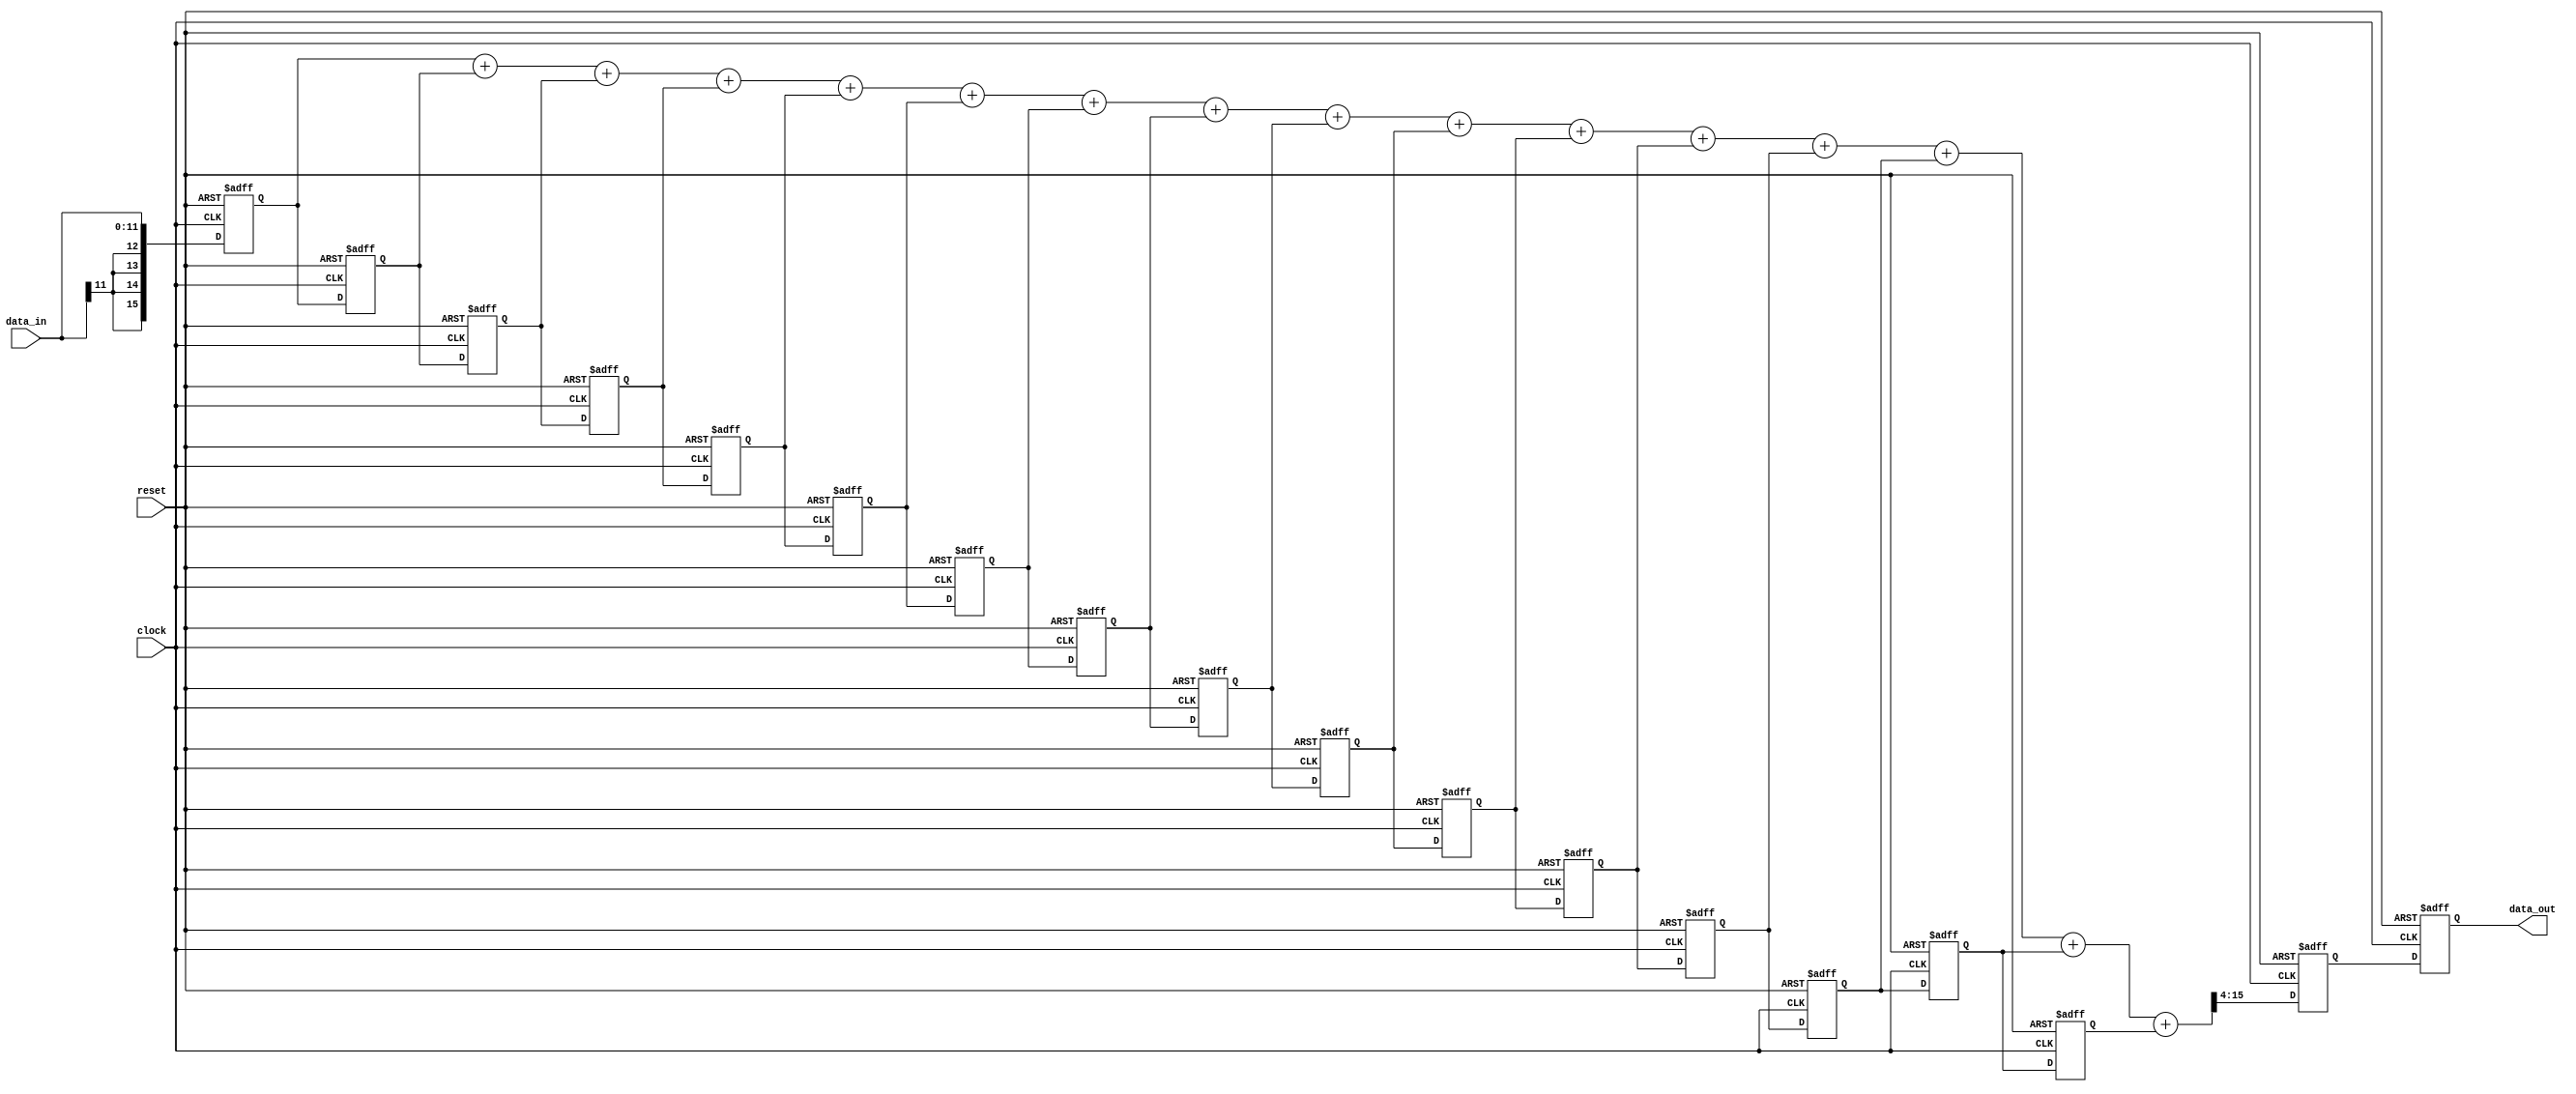
module FIR(clock, reset, data_in, data_out);
   input         clock;
   input         reset;
   input [11:0]  data_in;
   output [11:0] data_out;
   reg [11:0]    data_out;
   
   
   reg [15:0]    d0;
   reg [15:0]    d1;
   reg [15:0]    d2;
   reg [15:0]    d3;
   reg [15:0]    d4;
   reg [15:0]    d5;
   reg [15:0]    d6;
   reg [15:0]    d7;
   reg [15:0]    d8;
   reg [15:0]    d9;
   reg [15:0]    d10;
   reg [15:0]    d11;
   reg [15:0]    d12;
   reg [15:0]    d13;
   reg [15:0]    d14;
   reg [15:0]    d15;
   reg [15:0]    sum;
   
   
   always @(posedge clock or posedge reset)
      if (reset == 1'b1)
      begin
         d0 <= {16{1'b0}};
         d1 <= {16{1'b0}};
         d2 <= {16{1'b0}};
         d3 <= {16{1'b0}};
         d4 <= {16{1'b0}};
         d5 <= {16{1'b0}};
         d6 <= {16{1'b0}};
         d7 <= {16{1'b0}};
         d8 <= {16{1'b0}};
         d9 <= {16{1'b0}};
         d10 <= {16{1'b0}};
         d11 <= {16{1'b0}};
         d12 <= {16{1'b0}};
         d13 <= {16{1'b0}};
         d14 <= {16{1'b0}};
         d15 <= {16{1'b0}};
         sum <= {16{1'b0}};
         data_out <= {12{1'b0}};
      end
      else 
      begin
         d0 <= {data_in[11], data_in[11], data_in[11], data_in[11], data_in};
         d1 <= d0;
         d2 <= d1;
         d3 <= d2;
         d4 <= d3;
         d5 <= d4;
         d6 <= d5;
         d7 <= d6;
         d8 <= d7;
         d9 <= d8;
         d10 <= d9;
         d11 <= d10;
         d12 <= d11;
         d13 <= d12;
         d14 <= d13;
         d15 <= d14;
         sum <= (d0 + d1 + d2 + d3 + d4 + d5 + d6 + d7 + d8 + d9 + d10 + d11 + d12 + d13 + d14 + d15) >> 4;
         data_out <= (sum[11:0]);
      end
   
endmodule